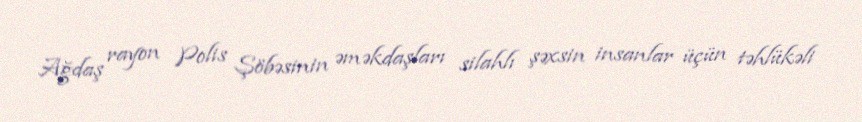
Ağdaş rayon Polis Şöbəsinin əməkdaşları silahlı şəxsin insanlar üçün təhlükəli